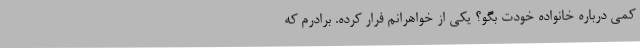
کمی درباره خانواده خودت بگو؟ یکی از خواهرانم فرار کرده. برادرم که